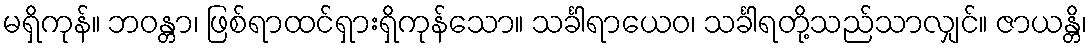
မရှိကုန်။ ဘဝန္တာ၊ ဖြစ်ရာထင်ရှားရှိကုန်သော။ သင်္ခါရာယေဝ၊ သင်္ခါရတို့သည်သာလျှင်။ ဇာယန္တိ၊